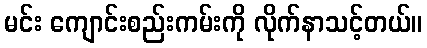
မင်း ကျောင်းစည်းကမ်းကို လိုက်နာသင့်တယ်။